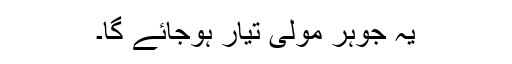
یہ جوہر مولی تیار ہوجائے گا۔